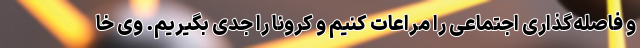
و فاصله‌گذاری اجتماعی را مراعات کنیم و کرونا را جدی بگیریم. وی خا